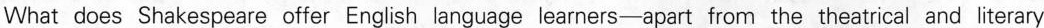
What does Shakespeare offer English language learners—apart from the theatrical and literary